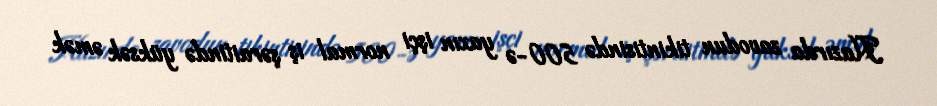
Hazırda zavodun tikintisində 500-ə yaxın işçi normal iş şəraitində yüksək əmək